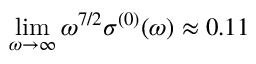
\operatorname* { l i m } _ { \omega \to \infty } \omega ^ { 7 / 2 } \sigma ^ { ( 0 ) } ( \omega ) \approx 0 . 1 1